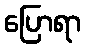
ပြောရာ